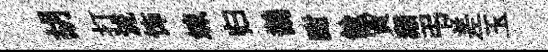
胡打流饰竦归鵲酣餘賈獺弔差玉